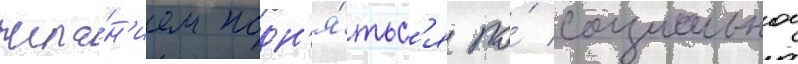
жела́н'ием подн'я́тьс'я по́ социальнои